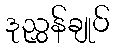
ဒုညွှန်ချုပ်